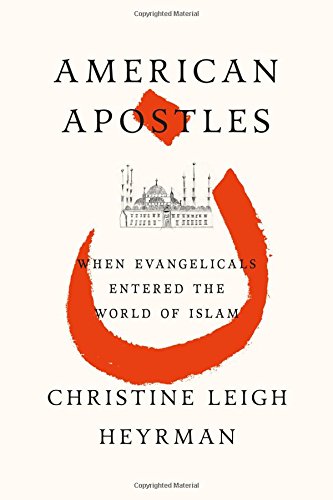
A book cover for American Apostles: When Evangelicals Entered the World of Islam; Christine Leigh Heyrman; History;